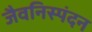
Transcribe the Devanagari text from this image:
जैवनिस्पंदन